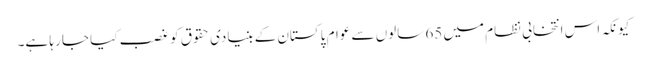
کیونکہ اس انتخابی نظام میں 65 سالوں سے عوام پاکستان کے بنیادی حقوق کو غصب کیا جا رہا ہے۔